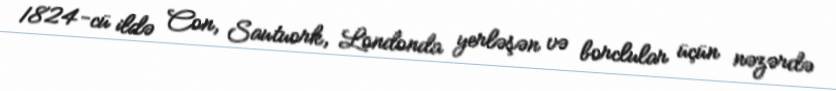
1824-cü ildə Con, Sautuork, Londonda yerləşən və borclular üçün nəzərdə